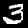
Label: 3